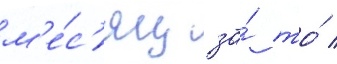
м'е́с'яц за́ то́ /